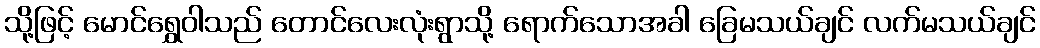
သို့ဖြင့် မောင်ရွှေဝါသည် တောင်လေးလုံးရွာသို့ ရောက်သောအခါ ခြေမသယ်ချင် လက်မသယ်ချင်